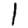
Digit: 1